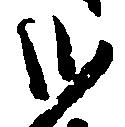
弐